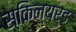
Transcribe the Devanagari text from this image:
स्किन्यर्ड